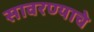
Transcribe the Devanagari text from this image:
सावरण्याचे